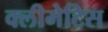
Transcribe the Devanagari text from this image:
क्लीमेटिस